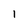
Character: I